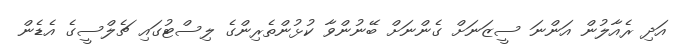
އަދި ރެއާލުން އަންނަ ސީޒަނަށް ގެންނަށް ބޭނުންވާ ކުޅުންތެރިންގެ ލިސްޓުގައި ޗެލްސީގެ އެޑެން